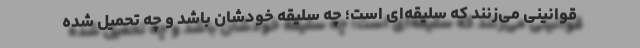
قوانینی می‌زنند که سلیقه‌ای است؛ چه سلیقه خودشان باشد و چه تحمیل شده